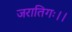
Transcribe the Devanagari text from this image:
जरातिगः।।